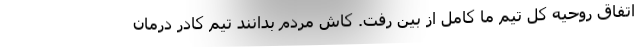
اتفاق روحیه‌ کل تیم ما کامل از بین رفت. کاش مردم بدانند تیم کادر درمان